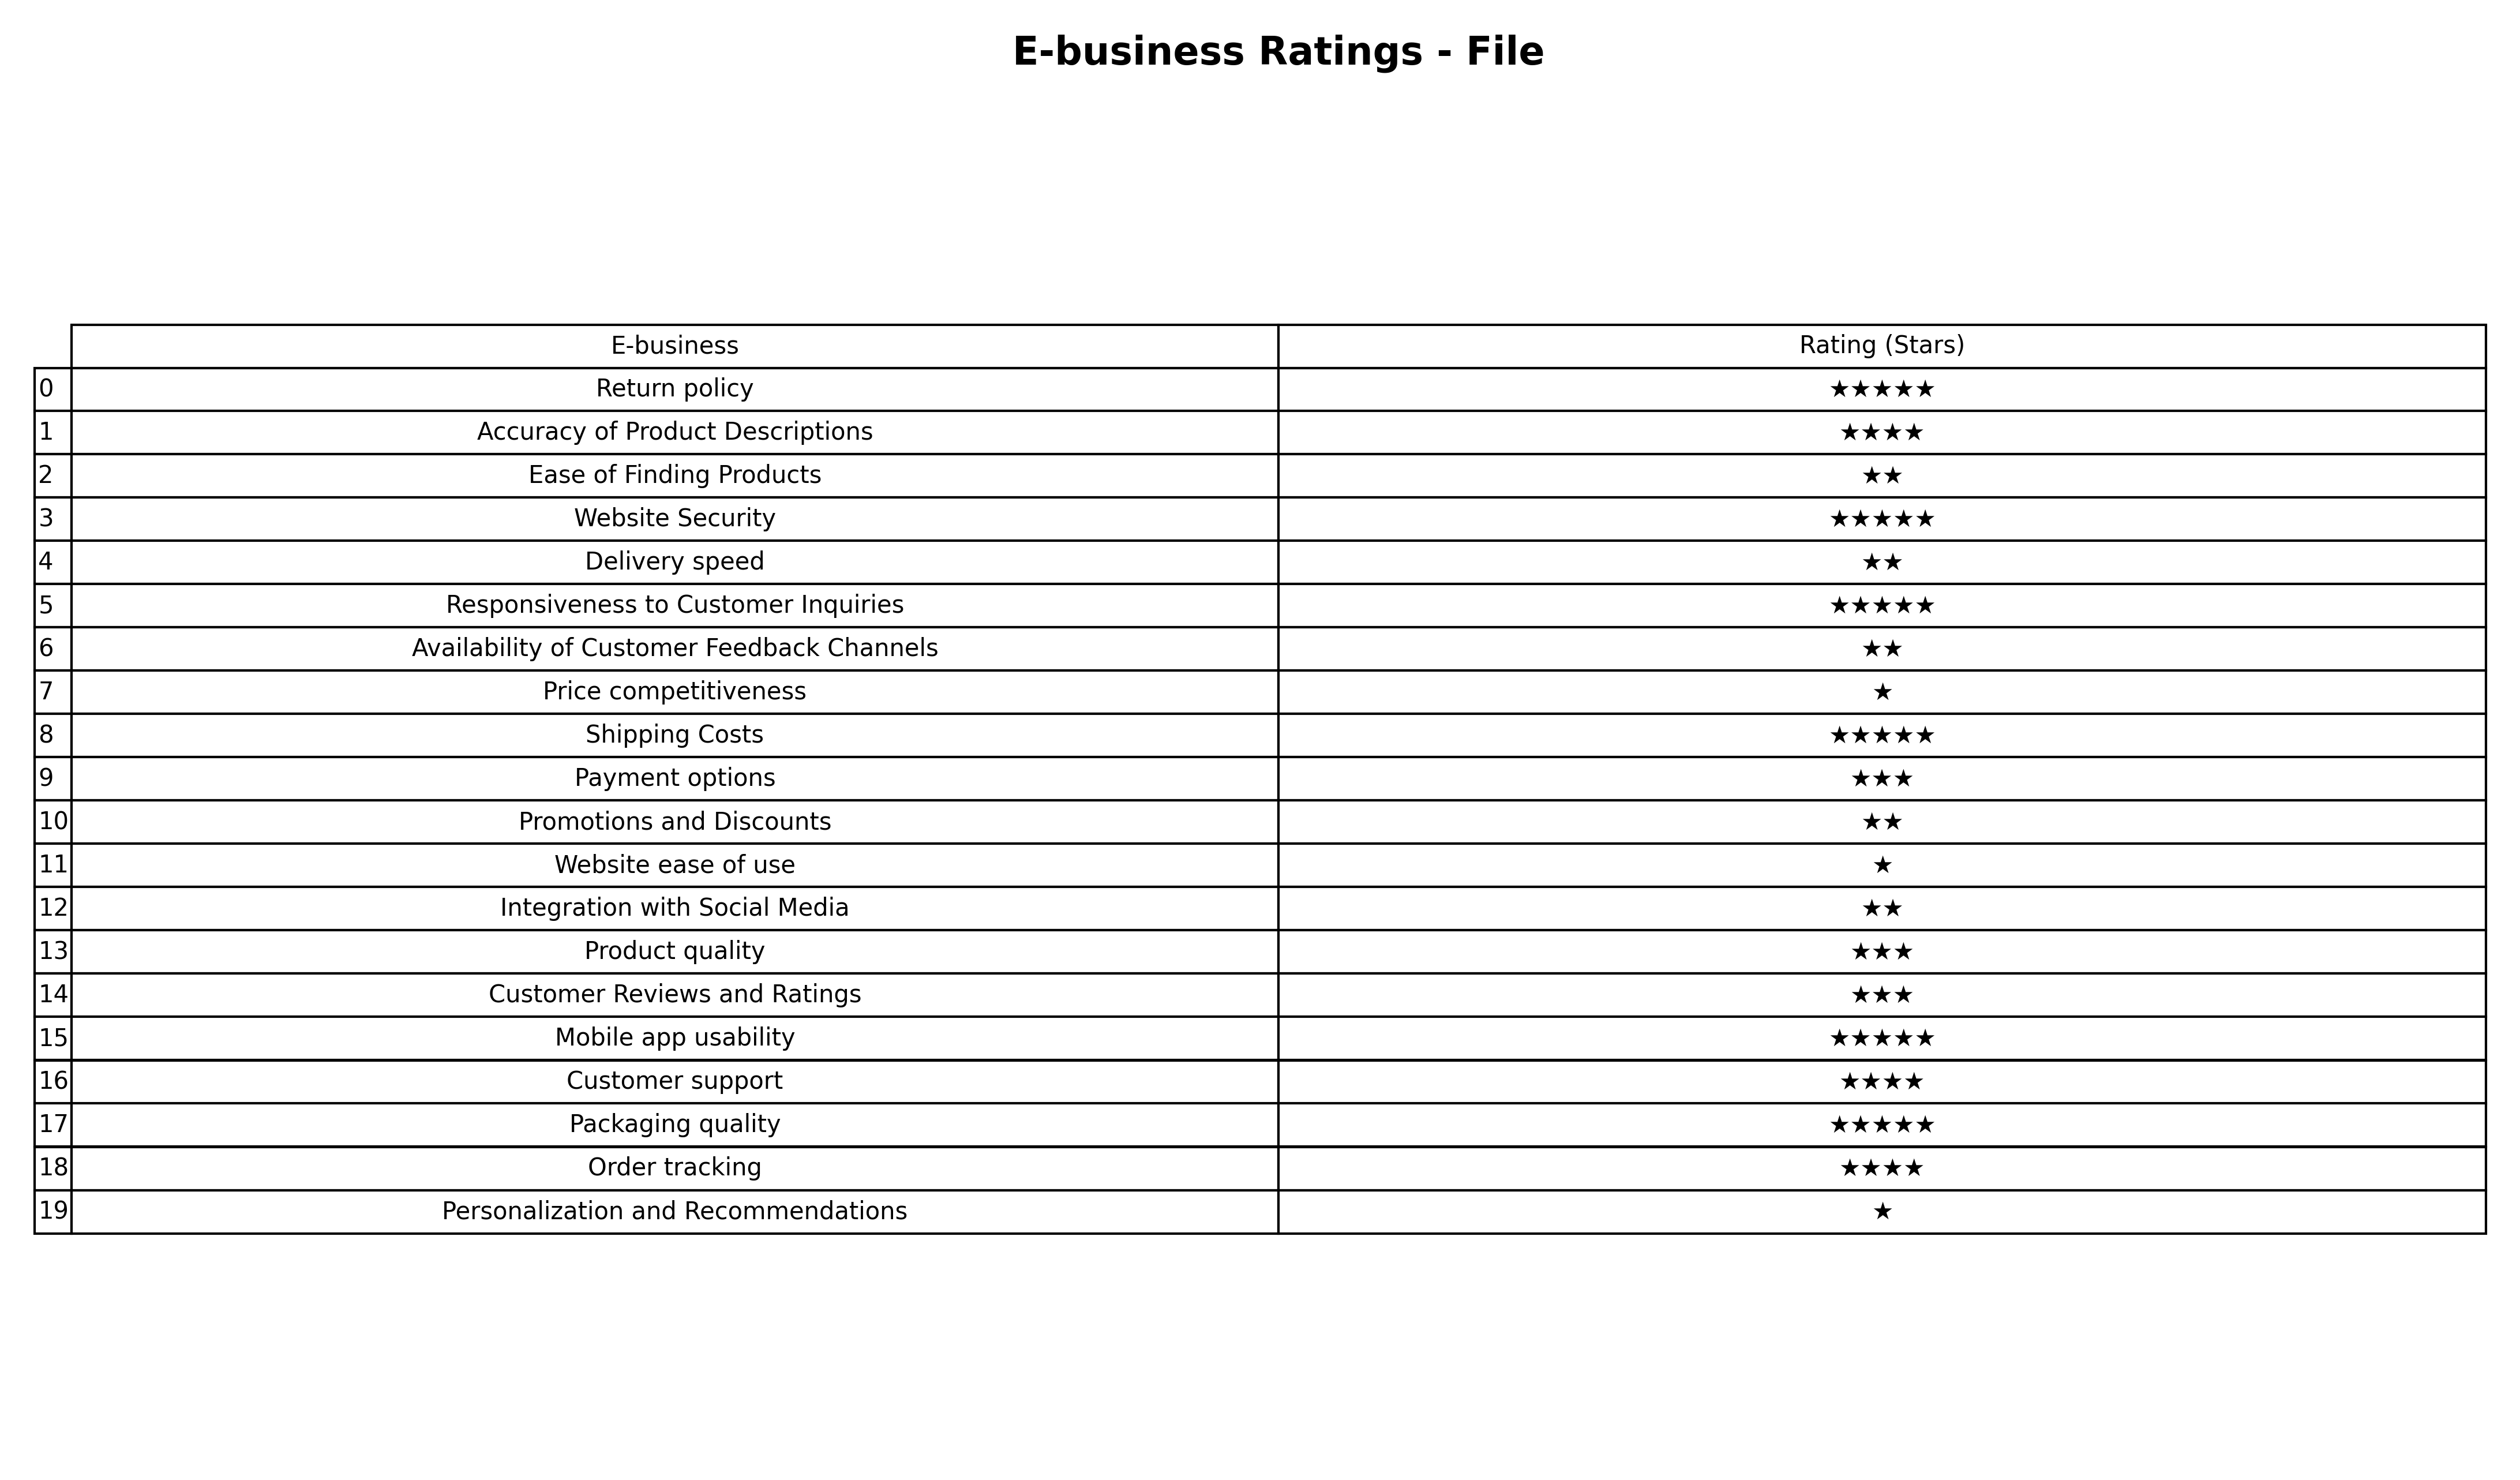
question: What are three star services?
answer: Payment optionsProduct qualityCustomer Reviews and Ratings